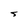
Character: S